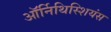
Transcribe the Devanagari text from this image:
ऑर्निथिस्शियंस